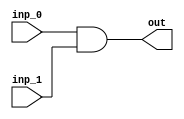
//checked - OK
module and_unit(
	input wire [7:0] inp_0,
	input wire [7:0] inp_1,
	output wire [7:0] out);
  assign out = inp_0 & inp_1;
endmodule